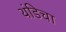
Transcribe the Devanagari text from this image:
थंडिचा